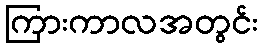
ကြားကာလအတွင်း